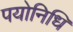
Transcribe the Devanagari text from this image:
पयोनिधि